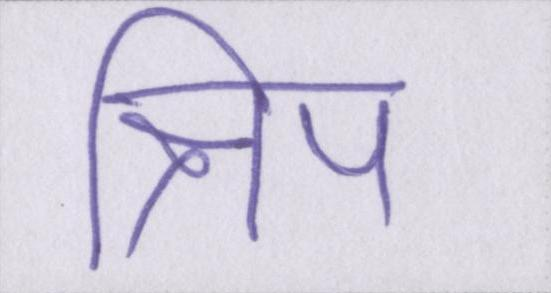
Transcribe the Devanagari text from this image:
क्षिप